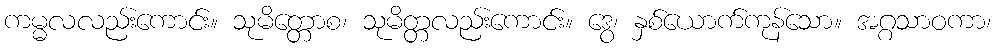
ကမ္မလလည်းကောင်း။ သုမိတ္တောစ၊ သုမိတ္တလည်းကောင်း။ ဒွေ၊ နှစ်ယောက်ကုန်သော။ အဂ္ဂသာဝကာ၊